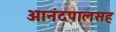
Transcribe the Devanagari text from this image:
आनंदपालसह